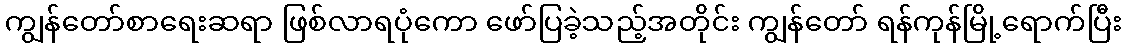
ကျွန်တော်စာရေးဆရာ ဖြစ်လာရပုံကော ဖော်ပြခဲ့သည့်အတိုင်း ကျွန်တော် ရန်ကုန်မြို့ရောက်ပြီး